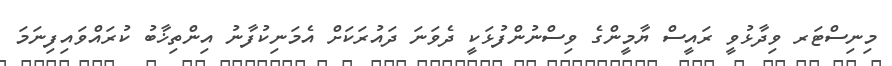
މިނިސްޓަރ ވިދާޅުވީ ރައީސް ޔާމީންގެ ވިސްނުންފުޅަކީ ދެވަނަ ދައުރަކަށް އެމަނިކުފާނު އިންތިޚާބު ކުރައްވައިފިނަމަ